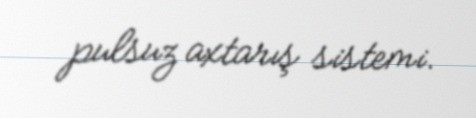
pulsuz axtarış sistemi.